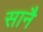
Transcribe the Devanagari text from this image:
सानै